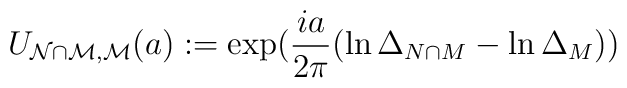
U_{\mathcal{N\cap M},\mathcal{M}}(a):=\exp (\frac{ia}{2\pi }(\ln \Delta_{N\cap M}-\ln \Delta _{M}))